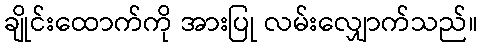
ချိုင်းထောက်ကို အားပြု လမ်းလျှောက်သည်။